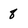
Character: 8